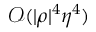
\mathcal { O } ( | \rho | ^ { 4 } \eta ^ { 4 } )